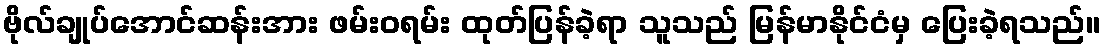
ဗိုလ်ချုပ်အောင်ဆန်းအား ဖမ်းဝရမ်း ထုတ်ပြန်ခဲ့ရာ သူသည် မြန်မာနိုင်ငံမှ ပြေးခဲ့ရသည်။